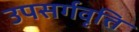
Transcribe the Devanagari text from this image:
उपसर्गवृत्ति